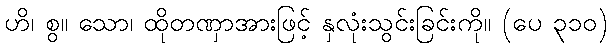
ဟိ၊ စွ။ သော၊ ထိုတဏှာအားဖြင့် နှလုံးသွင်းခြင်းကို။ (ပေ ၃၁၀)